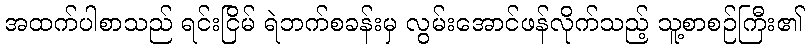
အထက်ပါစာသည် ရင်းငြိမ် ရဲဘက်စခန်းမှ လွမ်းအောင်ဖန်လိုက်သည့် သူ့စာစဉ်ကြီး၏